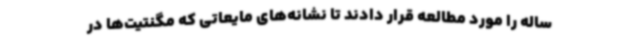
ساله را مورد مطالعه قرار دادند تا نشانه‌های مایعاتی که مگنتیت‌ها در